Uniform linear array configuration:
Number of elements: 12
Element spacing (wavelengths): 0.5
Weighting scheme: uniform
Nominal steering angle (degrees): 15
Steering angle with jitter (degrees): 16.045
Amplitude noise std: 0.05
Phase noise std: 0.05

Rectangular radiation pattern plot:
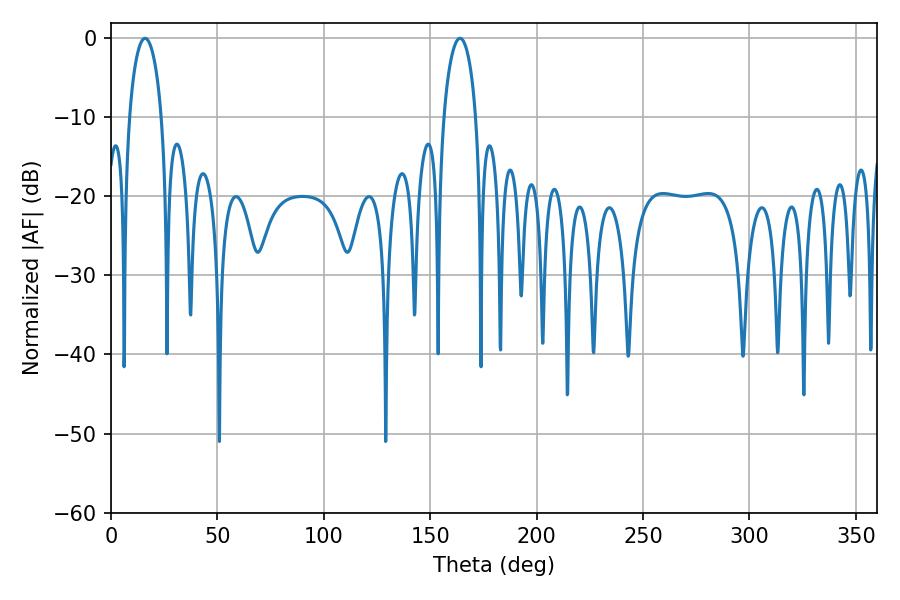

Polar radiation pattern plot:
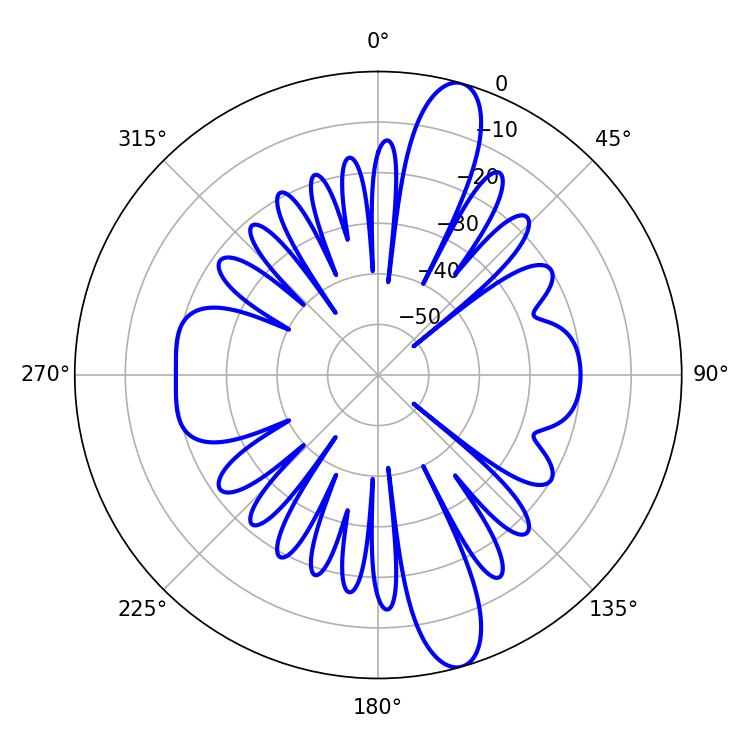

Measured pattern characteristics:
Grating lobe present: FALSE
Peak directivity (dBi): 13.433
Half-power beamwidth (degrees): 8.64
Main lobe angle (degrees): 16.02